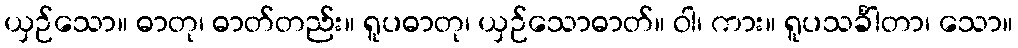
ယှဉ်သော။ ဓာတု၊ ဓာတ်တည်း။ ရူပဓာတု၊ ယှဉ်သောဓာတ်။ ဝါ၊ ကား။ ရူပသင်္ခါတာ၊ သော။